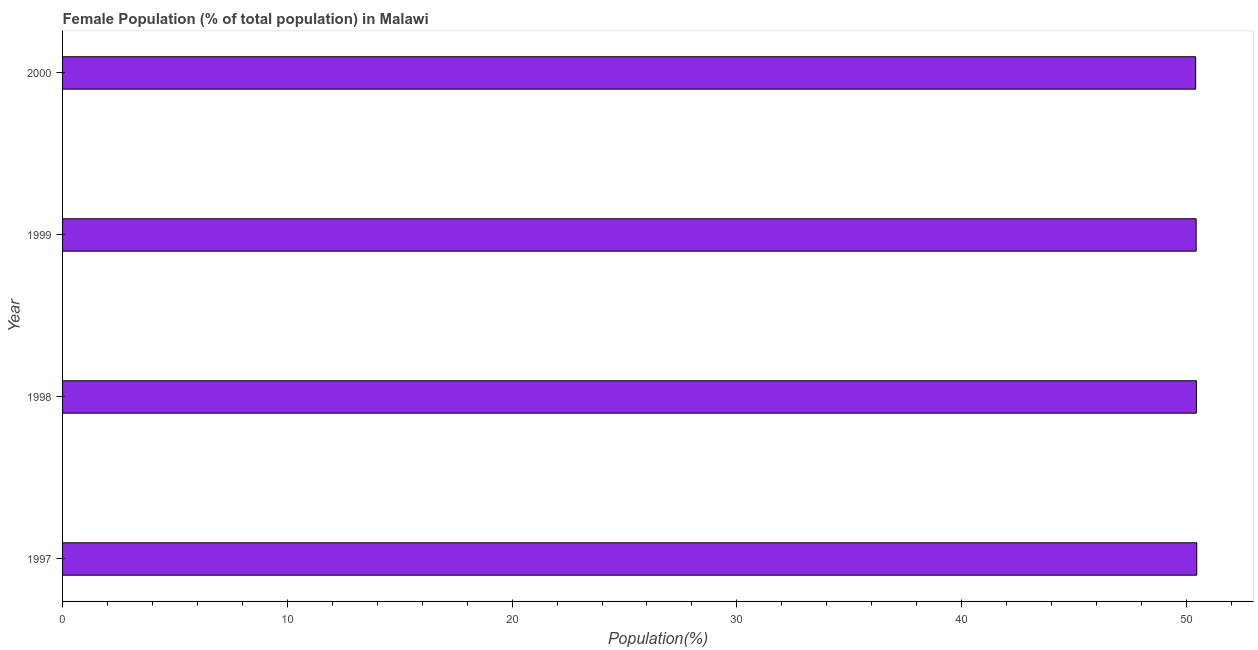
| Year | Female |
 | --- | --- |
 | 1997 | 50.5 |
 | 1998 | 50.4 |
 | 1999 | 50.4 |
 | 2000 | 50.4 |